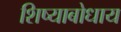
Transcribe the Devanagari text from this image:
शिष्याबोधाय